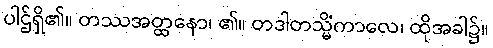
ပါဌ်ရှိ၏။ တဿအတ္ထနော၊ ၏။ တဒါတသ္မိံကာလေ၊ ထိုအခါ၌။